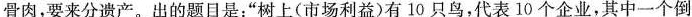
骨肉，要来分遗产。出的题目是：”树上(市场利益)有10只鸟，代表10个企业，其中一个倒